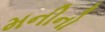
મનીનો